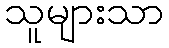
သူများသာ